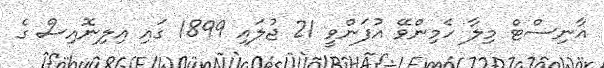
އާނިސްޓް މިލާ ހެމިންވޭ އުފަންވީ 21 ޖުލައި 1899 ގައި އިލިނޮއިސް ގެ